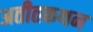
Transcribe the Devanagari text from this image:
अतीतकथन